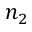
n _ { 2 }